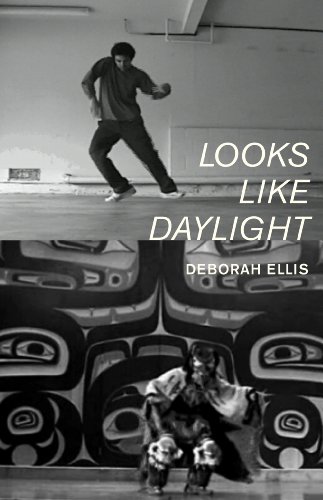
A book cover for Looks Like Daylight: Voices of Indigenous Kids; Deborah Ellis; Teen & Young Adult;